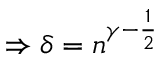
\Rightarrow \delta = n ^ { \gamma - { \frac { 1 } { 2 } } }